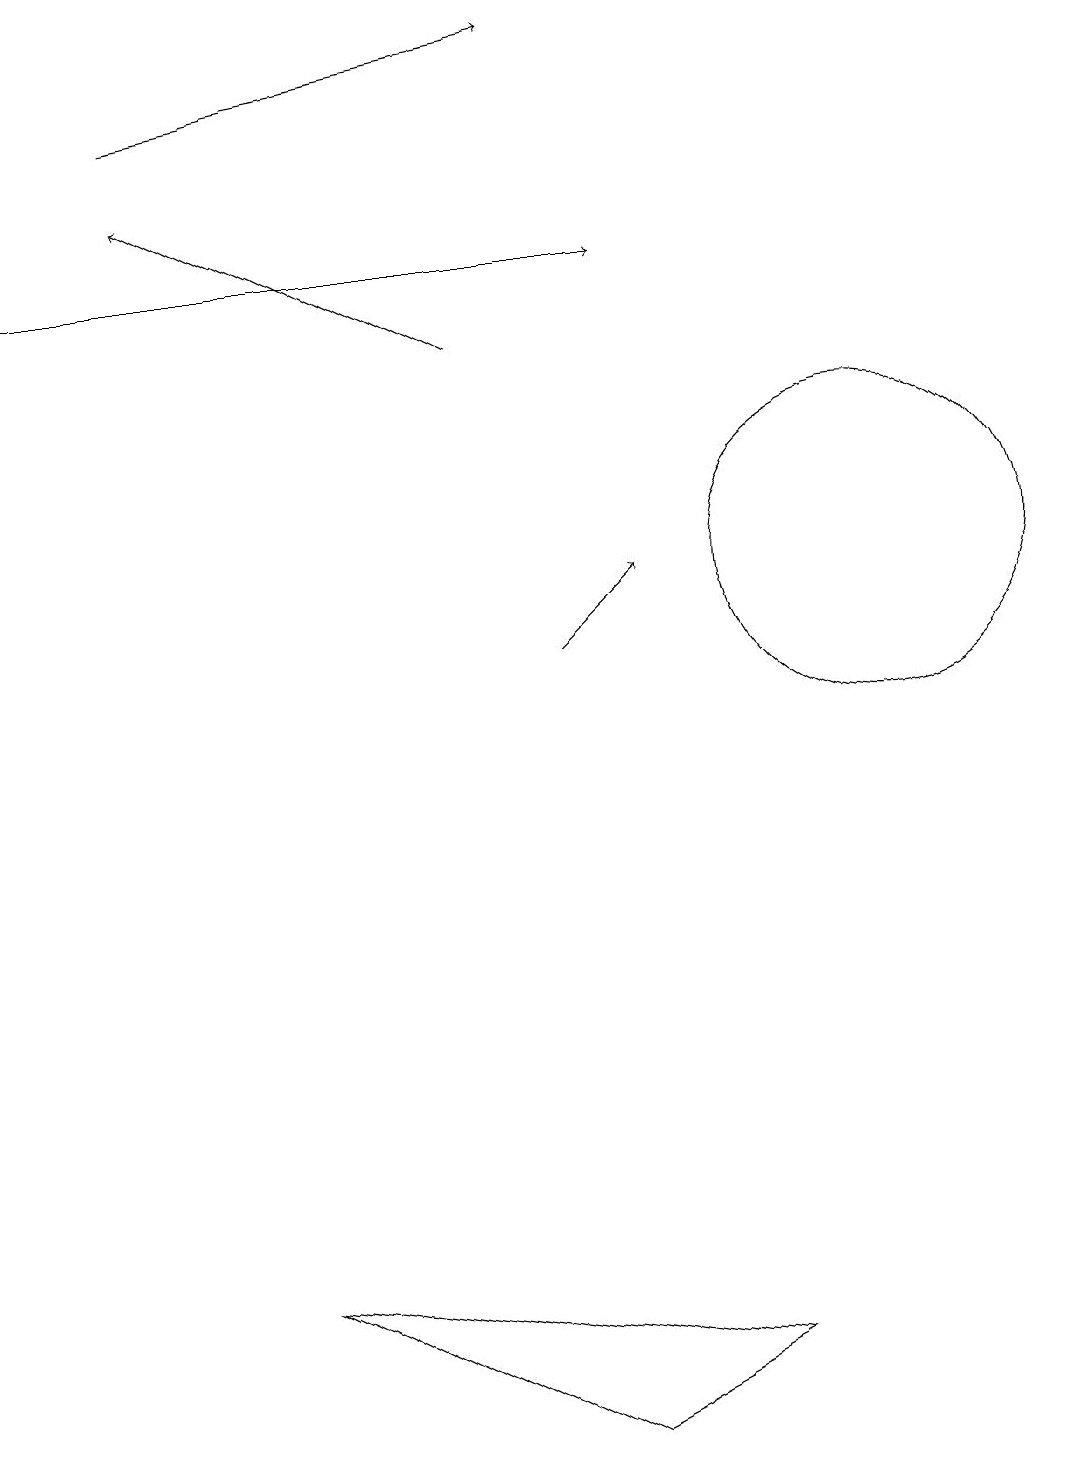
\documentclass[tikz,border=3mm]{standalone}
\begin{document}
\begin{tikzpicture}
\draw (11,11) circle (2);
\draw[->] (0,15) -- (8,15);
\draw[->] (2,17) -- (7,18);
\draw[->] (6,14) -- (2,16);
\draw[->] (7,10) -- (8,11);
\draw (7,0) -- (3,2) -- (9,1) -- cycle;
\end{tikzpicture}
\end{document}